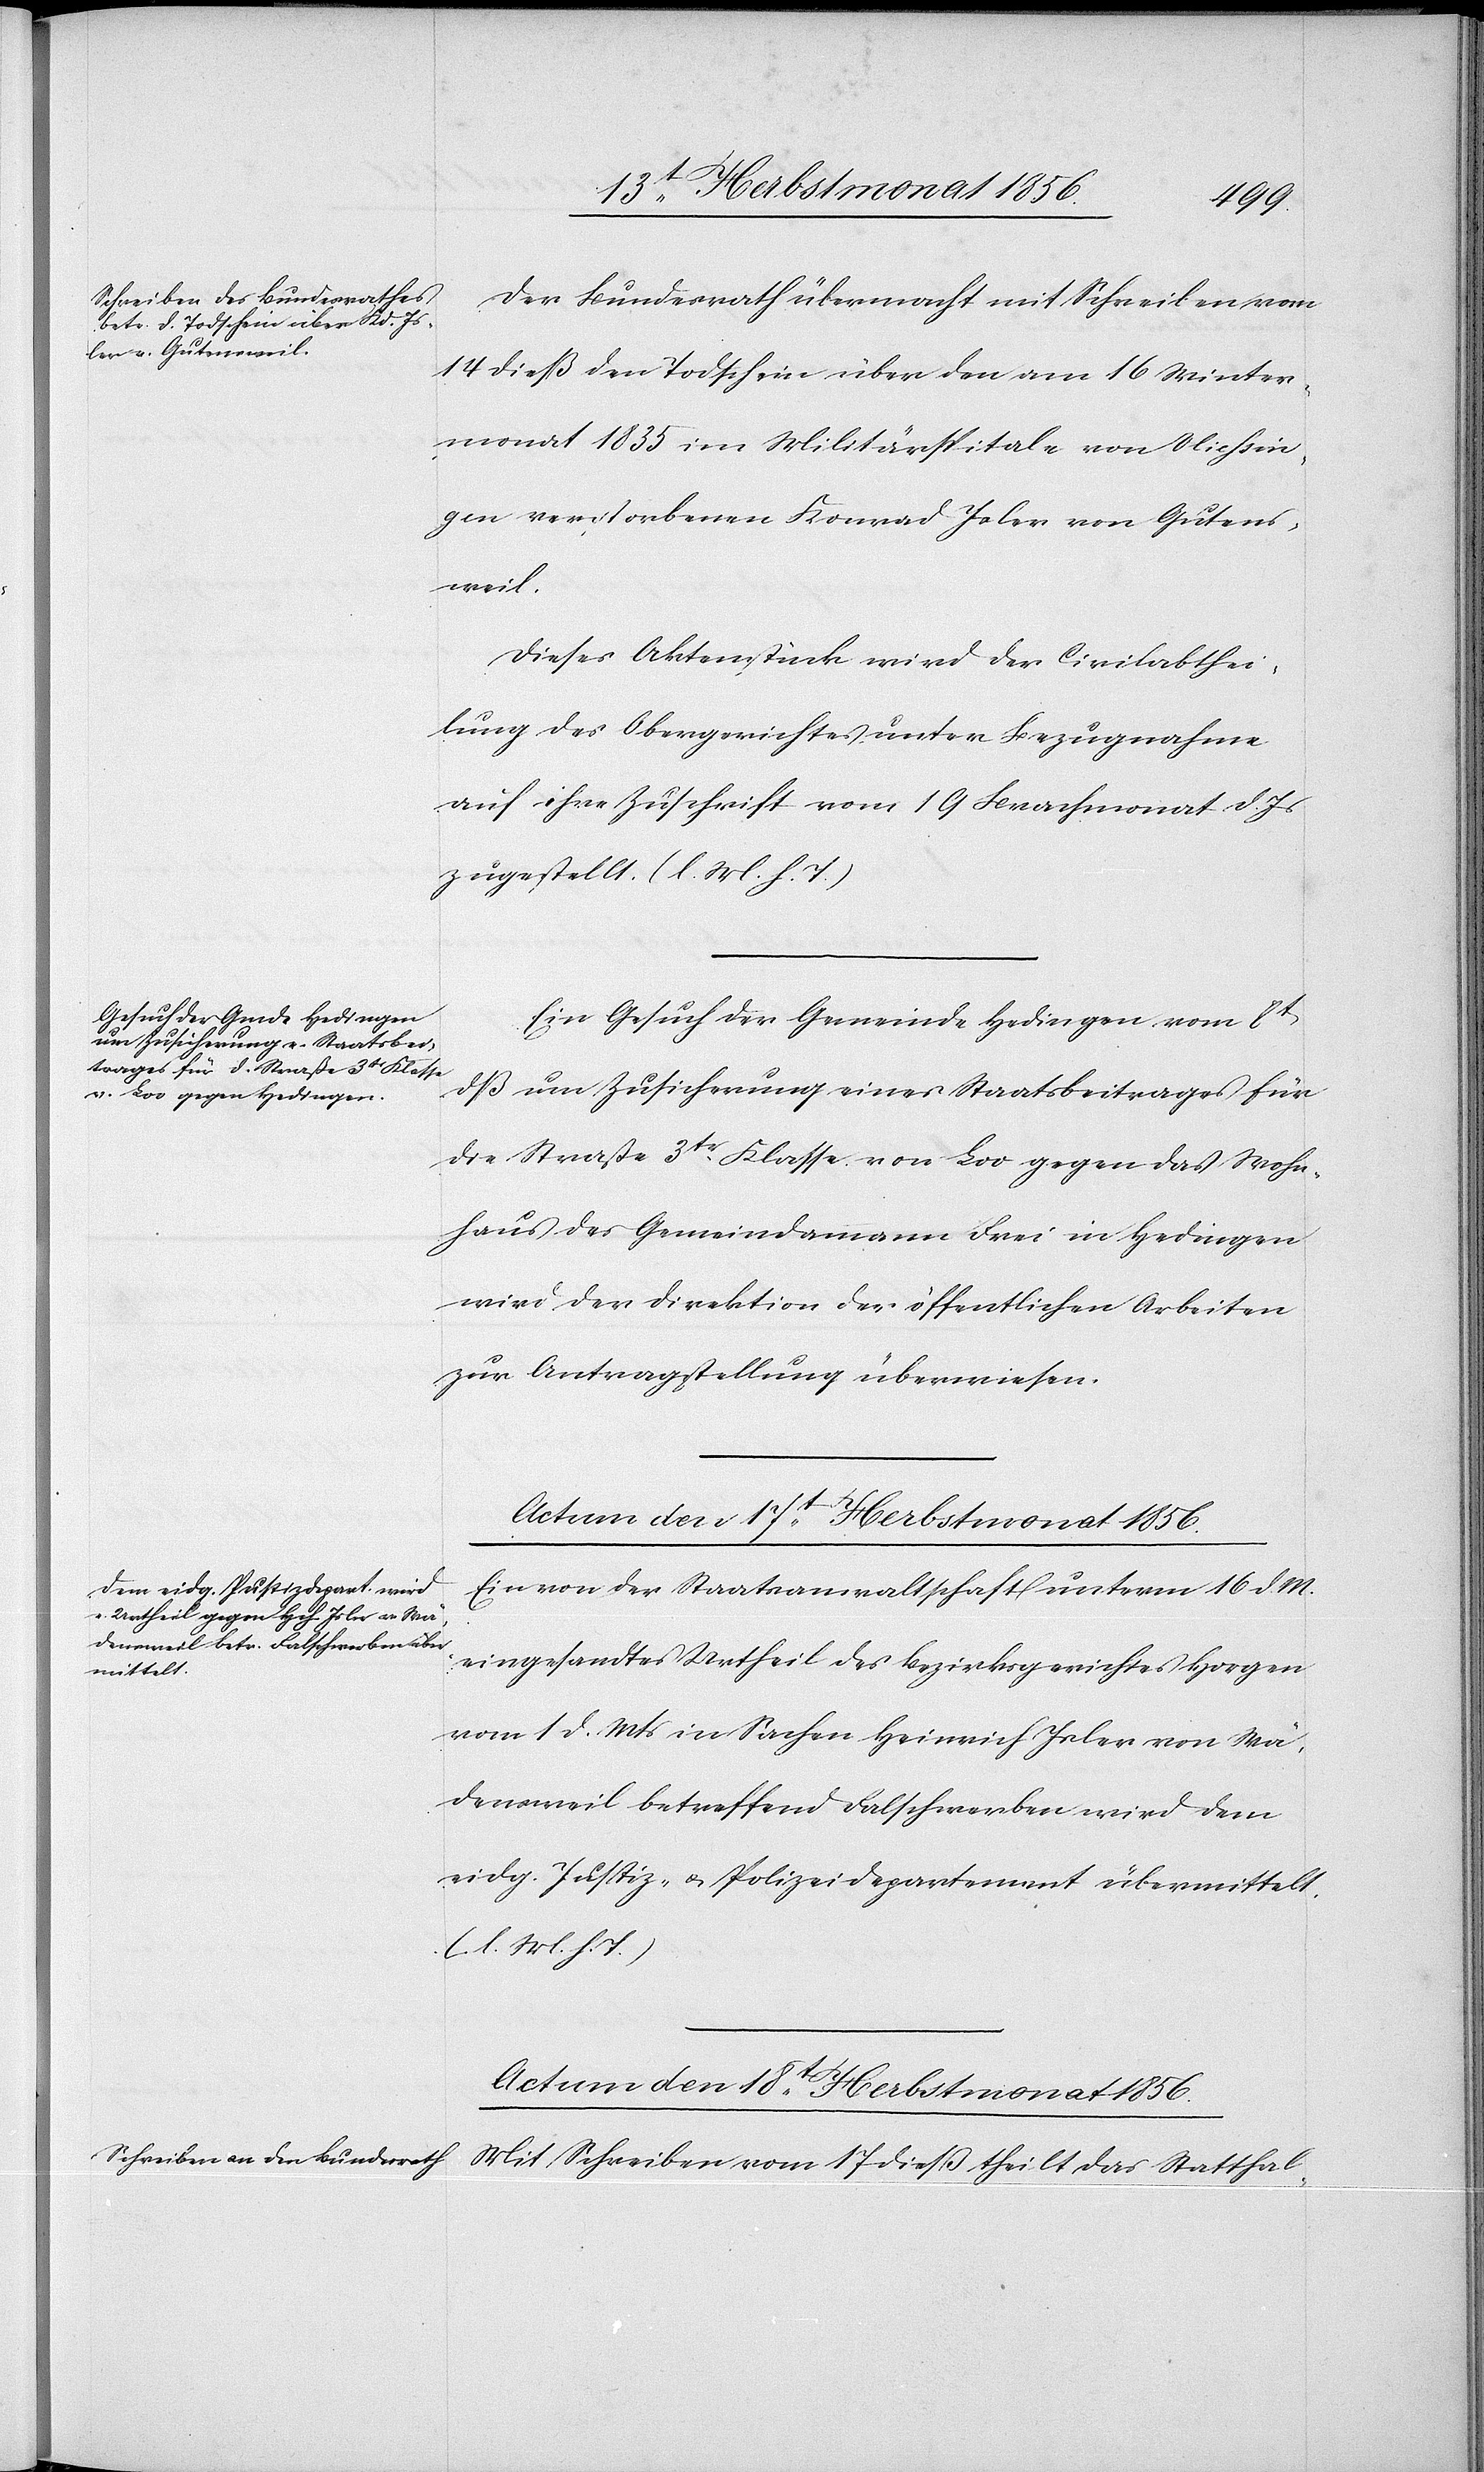
Der Bundesrath übermacht mit Schreiben vom
14 dieß den Todschein über den am 16 Winter¬
monat 1835 im Militärspitale von Vliessin¬
gen verstorbenen Konrad Isler von Gutens¬
weil.
Dieses Aktenstück wird der Civilabthei¬
lung des Obergerichtes unter Bezugnahme
auf ihre Zuschrift vom 19 Brachmonat d. Js
zugestellt. (l. M. h. T.)
Ein Gesuch der Gemeinde Hedingen vom 8t
dß um Zusicherung eines Staatsbeitrages für
die Straße 3tr Klasse von Loo gegen das Wohn¬
haus des Gemeindammann Frei in Hedingen
wird der Direktion der öffentlichen Arbeiten
zur Antragstellung überwiesen.
Actum den 17t Herbstmonat 1856.
Ein von der Staatsanwaltschaft unterm 16 d. M.
eingesandtes Urtheil des Bezirksgerichtes Horgen
vom 1 d. Mts in Sachen Heinrich Isler von Wä¬
densweil betreffend Falschwerben wird dem
eidg. Justiz- u. Polizeidepartement übermittelt.
(l. M. h. T.)
Actum den 18t Herbstmonat 1856.
Mit Schreiben vom 17 dieß theilt das Statthal-